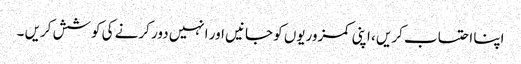
اپنا احتساب کریں ، اپنی کمزوریوں کو جانیں اور انہیں دور کرنے کی کوشش کریں ۔